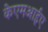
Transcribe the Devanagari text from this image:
केएमआईए